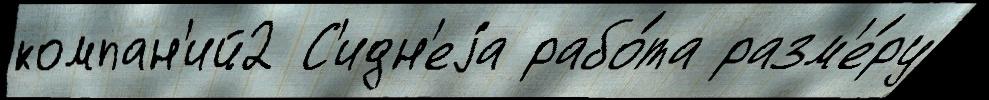
компан'ий2 С'идн'еjа рабо́та разм'е́ру